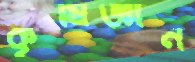
কৃষিজ্ঞান